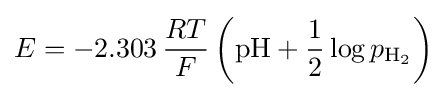
E=-2.303\,{RT \over F}\left(\mathrm {pH} +{\frac {1}{2}}\log p_{\mathrm {H_{2}} }\right)